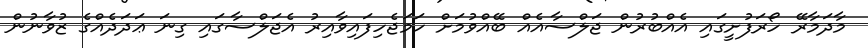
މާދަމާރޭ ހޯރަފުށީގައި އެއްބުރުން ޖަލްސާއެއް ބޭއްވުމަށް ހަމަޖެހިފައިވާއިރު އެޖަލްސާގައި ގިނަ ޢަދަދެއްގެ ޒުވާނުން